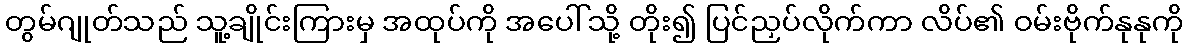
တွမ်ဂျုတ်သည် သူ့ချိုင်းကြားမှ အထုပ်ကို အပေါ်သို့ တိုး၍ ပြင်ညှပ်လိုက်ကာ လိပ်၏ ဝမ်းဗိုက်နုနုကို